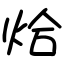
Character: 烚